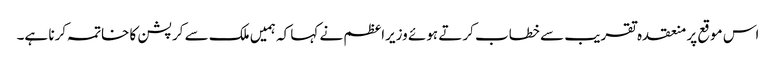
اس موقع پر منعقدہ تقریب سے خطاب کرتے ہوئے وزیراعظم نے کہا کہ ہمیں ملک سے کرپشن کا خاتمہ کرنا ہے۔